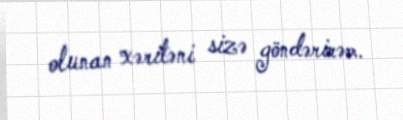
olunan xəritəni sizə göndərirəm.